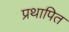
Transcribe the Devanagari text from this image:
प्रथापित